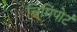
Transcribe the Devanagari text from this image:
चिमिंपोर्ट